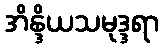
အိန္ဒိယသမုဒ္ဒရာ